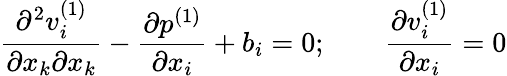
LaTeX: \frac{\partial^{2}v_{i}^{(1)}}{\partial x_{k}\partial x_{k}}-\frac{\partial p^{(1)}}{\partial x_{i}}+b_{i}=0;\qquad\frac{\partial v_{i}^{(1)}}{\partial x_{i}}=0